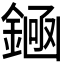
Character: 𫒶